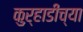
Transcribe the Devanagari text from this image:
कुऱ्हाडींच्या